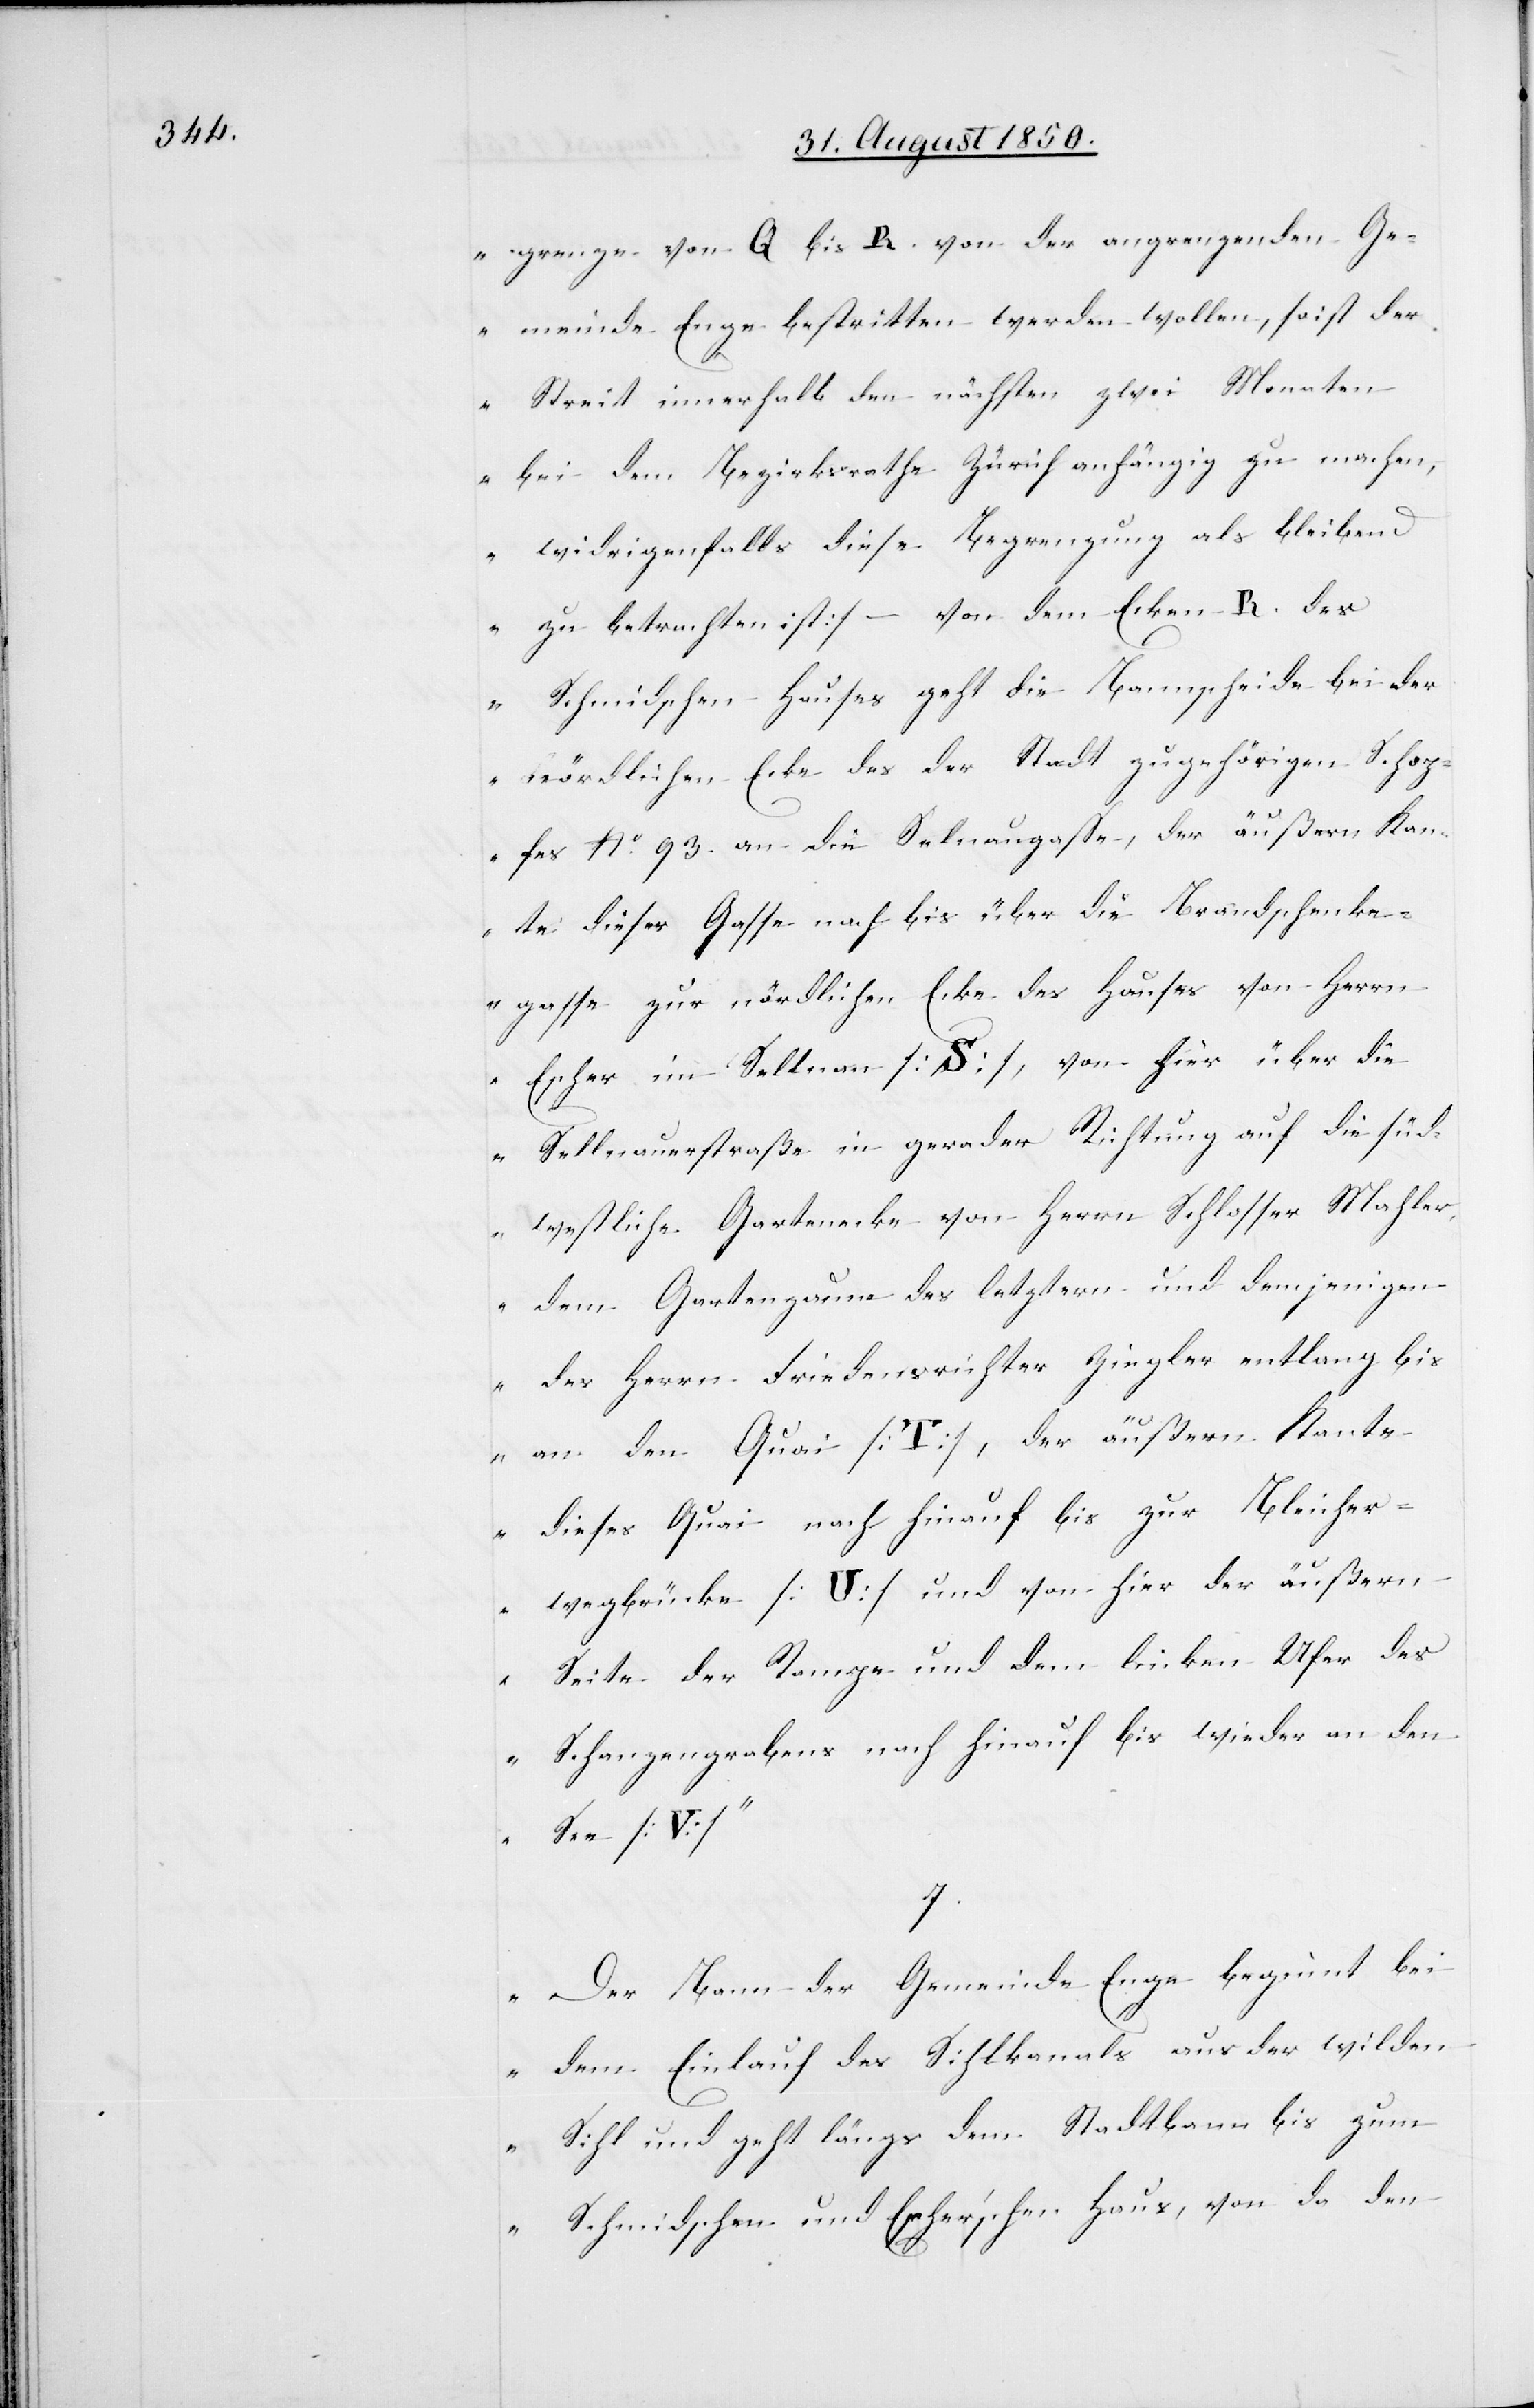
grenzen von Q bis R. von der angrenzenden Ge¬
meinde Enge bestritten werden wollen, so ist der
Streit innerhalb den nächsten zwei Monaten
bei dem Bezirksrathe Zürich anhängig zu machen,
widrigenfalls diese Begrenzung als bleibend
zu betrachten ist – von dem Ecken R. des
Schmidschen Hauses geht die Bannscheide bei der
nördlichen Ecke des der Stadt zugehörigen Schop¬
fes No. 93. an die Selnaugasse, der äußern Kan¬
te dieser Gasse nach bis über die Brandschenke¬
gasse zur nördlichen Ecke des Hauses von Herrn
Escher im Sellnau [S], von hier über die
Sellnauerstraße in gerader Richtung auf die sü¬
d-westliche Gartenecke von Herrn Schlosser Mahler,
dem Gartenzaune des letztern und demjenigen
des Herrn Friedensrichter Ziegler entlang bis
an den Quai [T], der äußern Kante
dieses Quai nach hinauf bis zur Bleicher¬
wegbrücke [U] und von hier der äußern
Seite der Rampe und dem linken Ufer des
Schanzengrabens nach hinauf bis wieder an den
See [V]“
7.
„Der Bann der Gemeinde Enge beginnt bei
dem Einlauf des Sihlkanals aus der wilden
Sihl und geht längs dem Stadtbann bis zum
Schmidschen und Escher’schen Haus, von da den